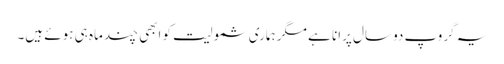
یہ گروپ دو سال پرانا ہے مگر ہماری شمولیت کو ابھی چند ماہ ہی ہوئے ہیں۔